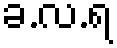
ခ.လ.ရ